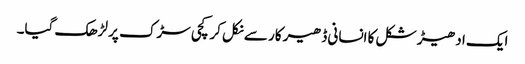
ایک ادھیڑ شکل کا انسانی ڈھیر کار سے نکل کر کچی سڑک پر لڑھک گیا۔